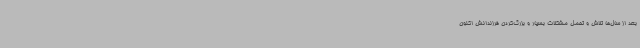
بعد از سال‌ها تلاش و تحمل مشکلات بسیار و بزرگ‌کردن فرزندانش اکنون